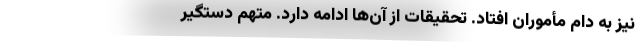
نیز به دام مأموران افتاد. تحقیقات از آن‌ها ادامه دارد. متهم دستگیر